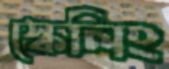
স্কেলিং